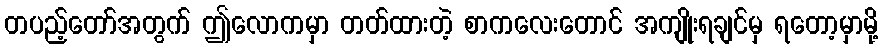
တပည့်တော်အတွက် ဤလောကမှာ တတ်ထားတဲ့ စာကလေးတောင် အကျိုးရချင်မှ ရတော့မှာမို့